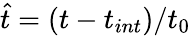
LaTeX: \hat{t}=(t-t_{int})/t_{0}